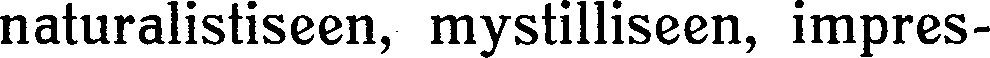
naturalistiseen, mystilliseen, impres-